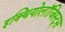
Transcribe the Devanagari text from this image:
इक्थियोलॉजिस्ट्स